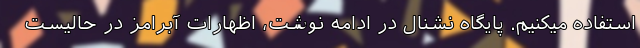
استفاده میکنیم. پایگاه نشنال در ادامه نوشت، اظهارات آبرامز در حالیست